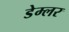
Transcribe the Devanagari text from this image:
डेम्लर